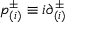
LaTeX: p _ { ( i ) } ^ { \pm } \equiv i { \partial } _ { ( i ) } ^ { \pm }